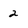
Character: 2